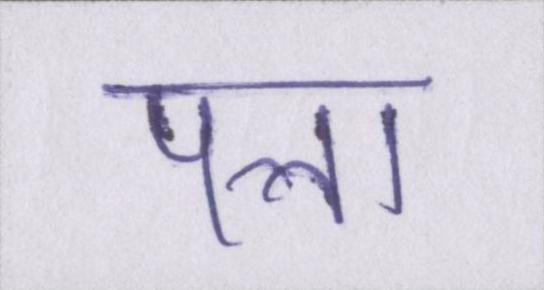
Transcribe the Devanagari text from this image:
पत्ता